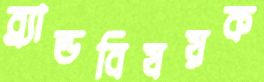
ব্র্যান্ডবিষয়ক